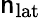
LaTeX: \mathsf{n}_{\mathrm{{lat}}}